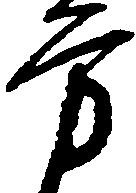
方